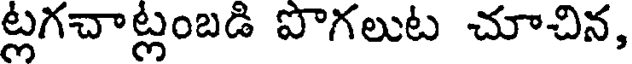
ట్లగచాట్లంబడి పొగలుట చూచిన,